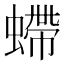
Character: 螮